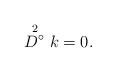
LaTeX: \begin{align*} \stackrel{2}{D^{\circ}}k=0.\end{align*}